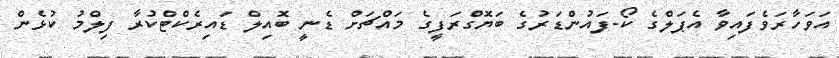
އަވަހާރަވެފައިވާ އެޕަލްގެ ކޯ-ފައުންޑަރުގެ ބަޔޮގްރަފީގެ މައްޗަށް ޑެނީ ބޮއިލް ޑައިރެކްޓްކުރާ ފިލްމު ކުޅެން